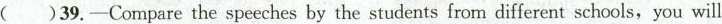
( )39.—Compare the speeches by the students from different schools,you will